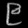
Digit: ၉